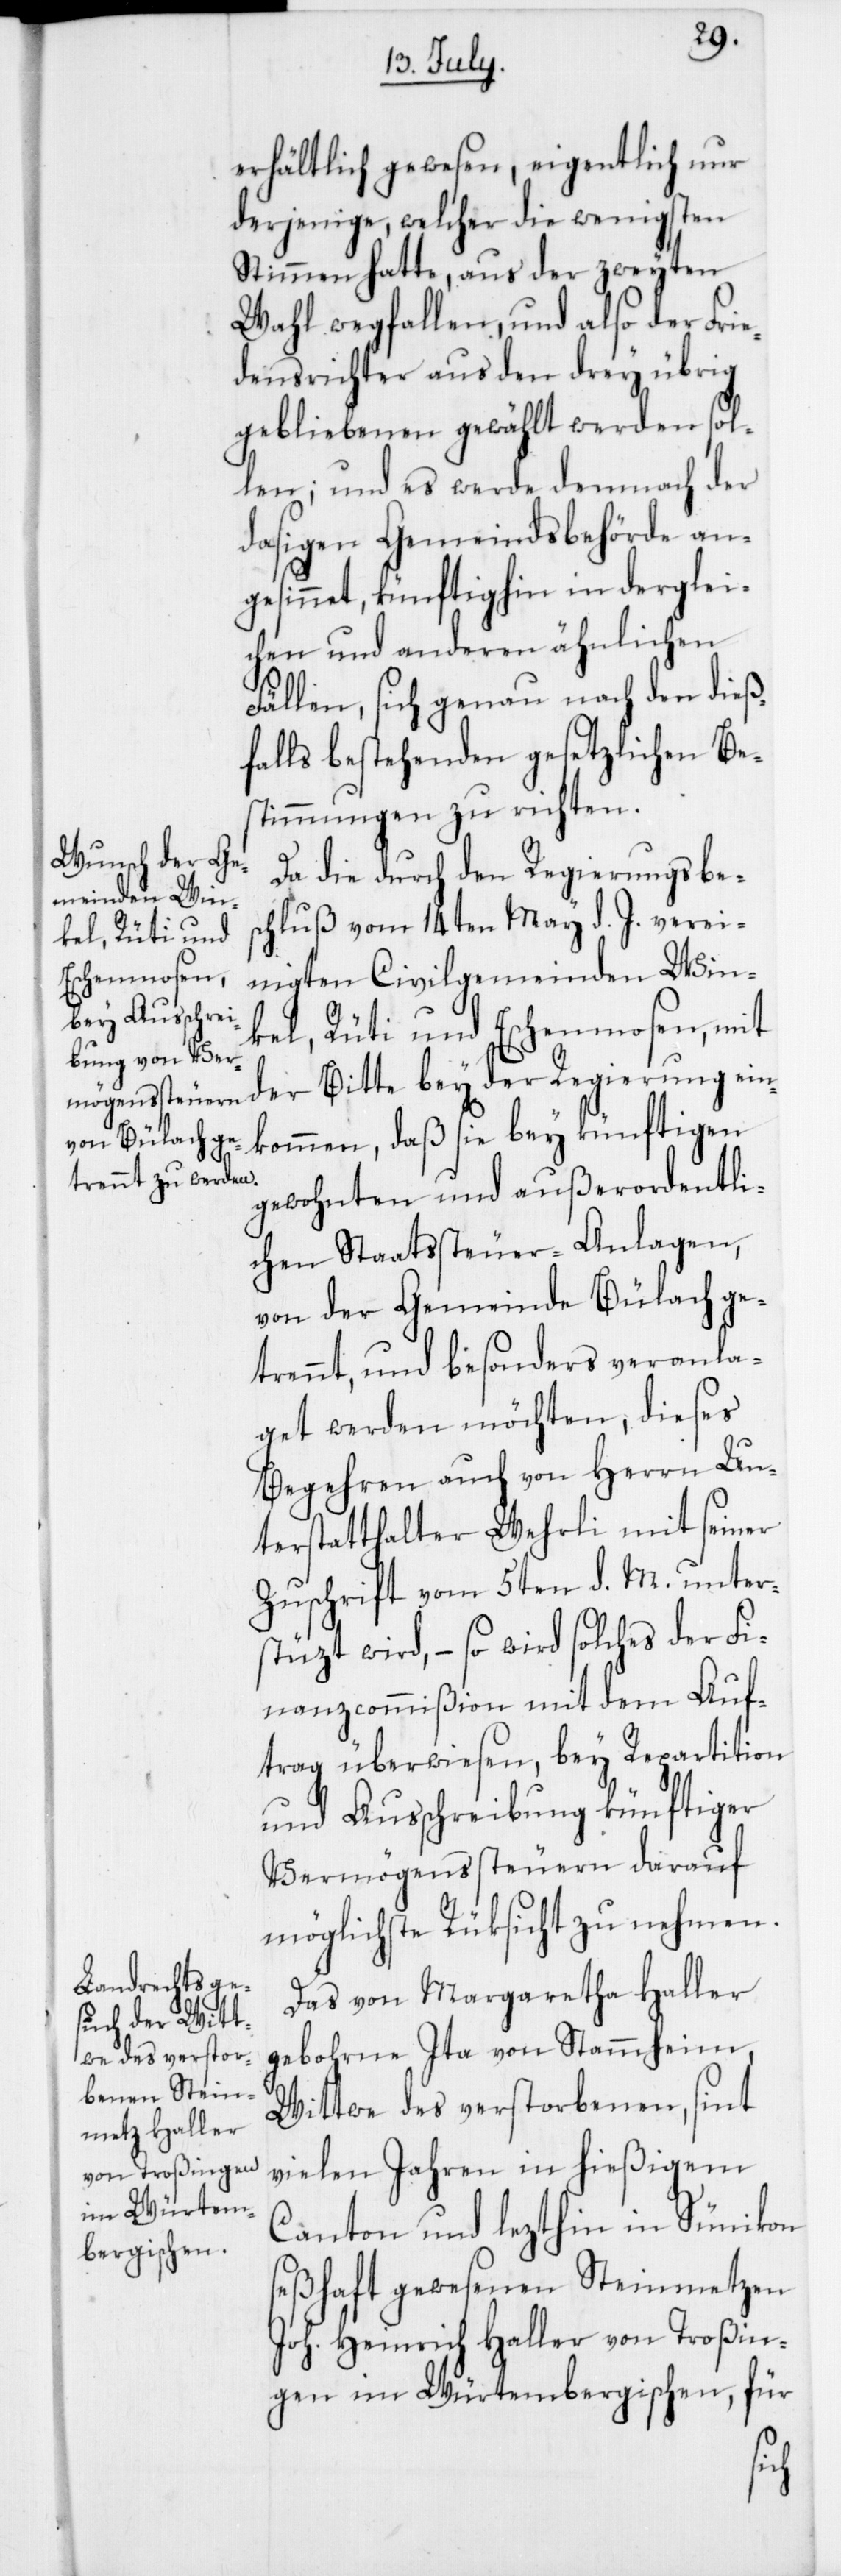
erhältlich gewesen, eigentlich nur
derjenige, welcher die wenigsten
Stimmen hatte, aus der zweyten
Wahl wegfallen, und also der Frie¬
densrichter aus den drey übrig
gebliebenen gewählt werden sol¬
len; und es werde demnach der
dasigen Gemeindsbehörde an¬
gesinnet, künftighin in derglei¬
chen und anderen ähnlichen
Fällen, sich genau nach den dieß¬
falls bestehenden gesetzlichen Be¬
stimmungen zu richten.
Da die durch den Regierungsbes¬
chluß vom 14ten May d. J. verei¬
nigten Civilgemeinden Win¬
kel, Rüti und Eschenmosen, mit
der Bitte bey der Regierung ein¬
kommen, daß sie bey künftigen
gewohnten und außerordentli¬
chen Staatssteuer-Anlagen,
von der Gemeinde Bülach ge¬
trennt und besonders veranla¬
get werden möchten, dieses
Begehren auch von Herrn Un¬
terstatthalter Wehrli mit seiner
Zuschrift vom 5ten d. M. unter¬
stüzt wird, – so wird solches der Fi¬
nanzcommißion mit dem Auf¬
trag überwiesen, bey Repartition
und Ausschreibung künftiger
Vermögenssteuern darauf
möglichste Rüksicht zu nehmen.
Das von Margaretha Haller,
gebohrne Ita von Stammheim,
Wittwe des verstorbenen, sint
vielen Jahren in hießigem
Canton und lezthin in Sünikon
seßhaft gewesenen Steinmetzen
Joh. Heinrich Haller von Troßin¬
gen im Würtembergischen, für